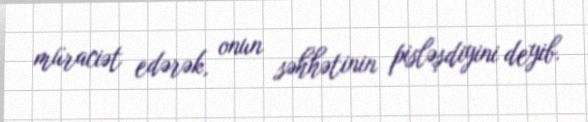
müraciət edərək, onun səhhətinin pisləşdiyini deyib.